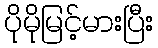
ပိုမိုမြင့်မားပြီး